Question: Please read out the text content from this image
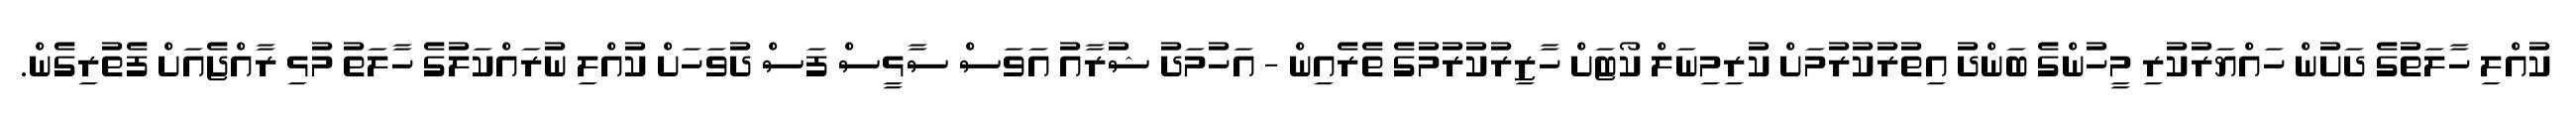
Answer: ކުއްލި ހާލަތުގެ ދަށުން ހައްޔަރުކުރި މީހުންގެ ބަންދު އިތުރުކުރުމަށް ކުރިމިނަލް ކޯޓަށް ހާޒިރުކުރުމުގެ ތެރެއިން - އަހުމަދު ޝުރާއު އަވަސް ސާޅީސް ފަސް ދުވަހަށް ކުއްލި ނުރައްކަލުގެ ހާލަތު މުޅި ރާއްޖެއަށް ފެތުރިގެން.